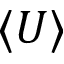
\langle U \rangle